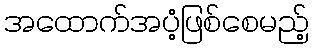
အထောက်အပံ့ဖြစ်စေမည့်